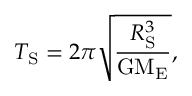
T _ { \mathrm { S } } = 2 \pi \sqrt { \frac { R _ { \mathrm { S } } ^ { 3 } } { \mathrm { G } \mathrm { M _ { E } } } } ,